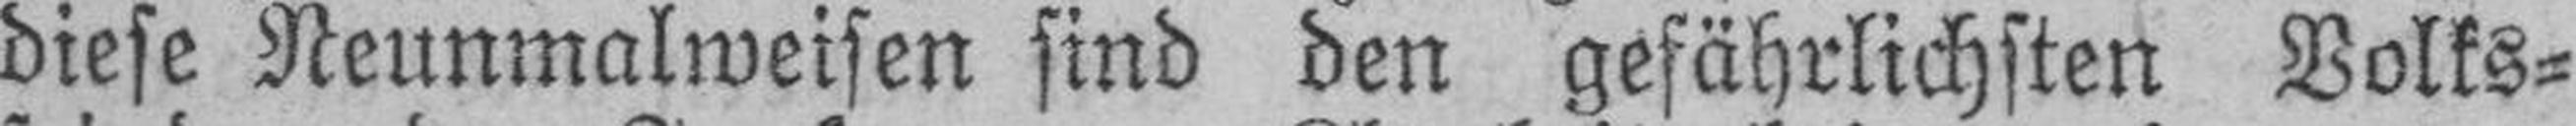
diese Neunmalweisen sind den gefährlichsten Volks¬